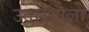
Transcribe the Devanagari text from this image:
उताऱ्याला